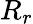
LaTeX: R_{r}